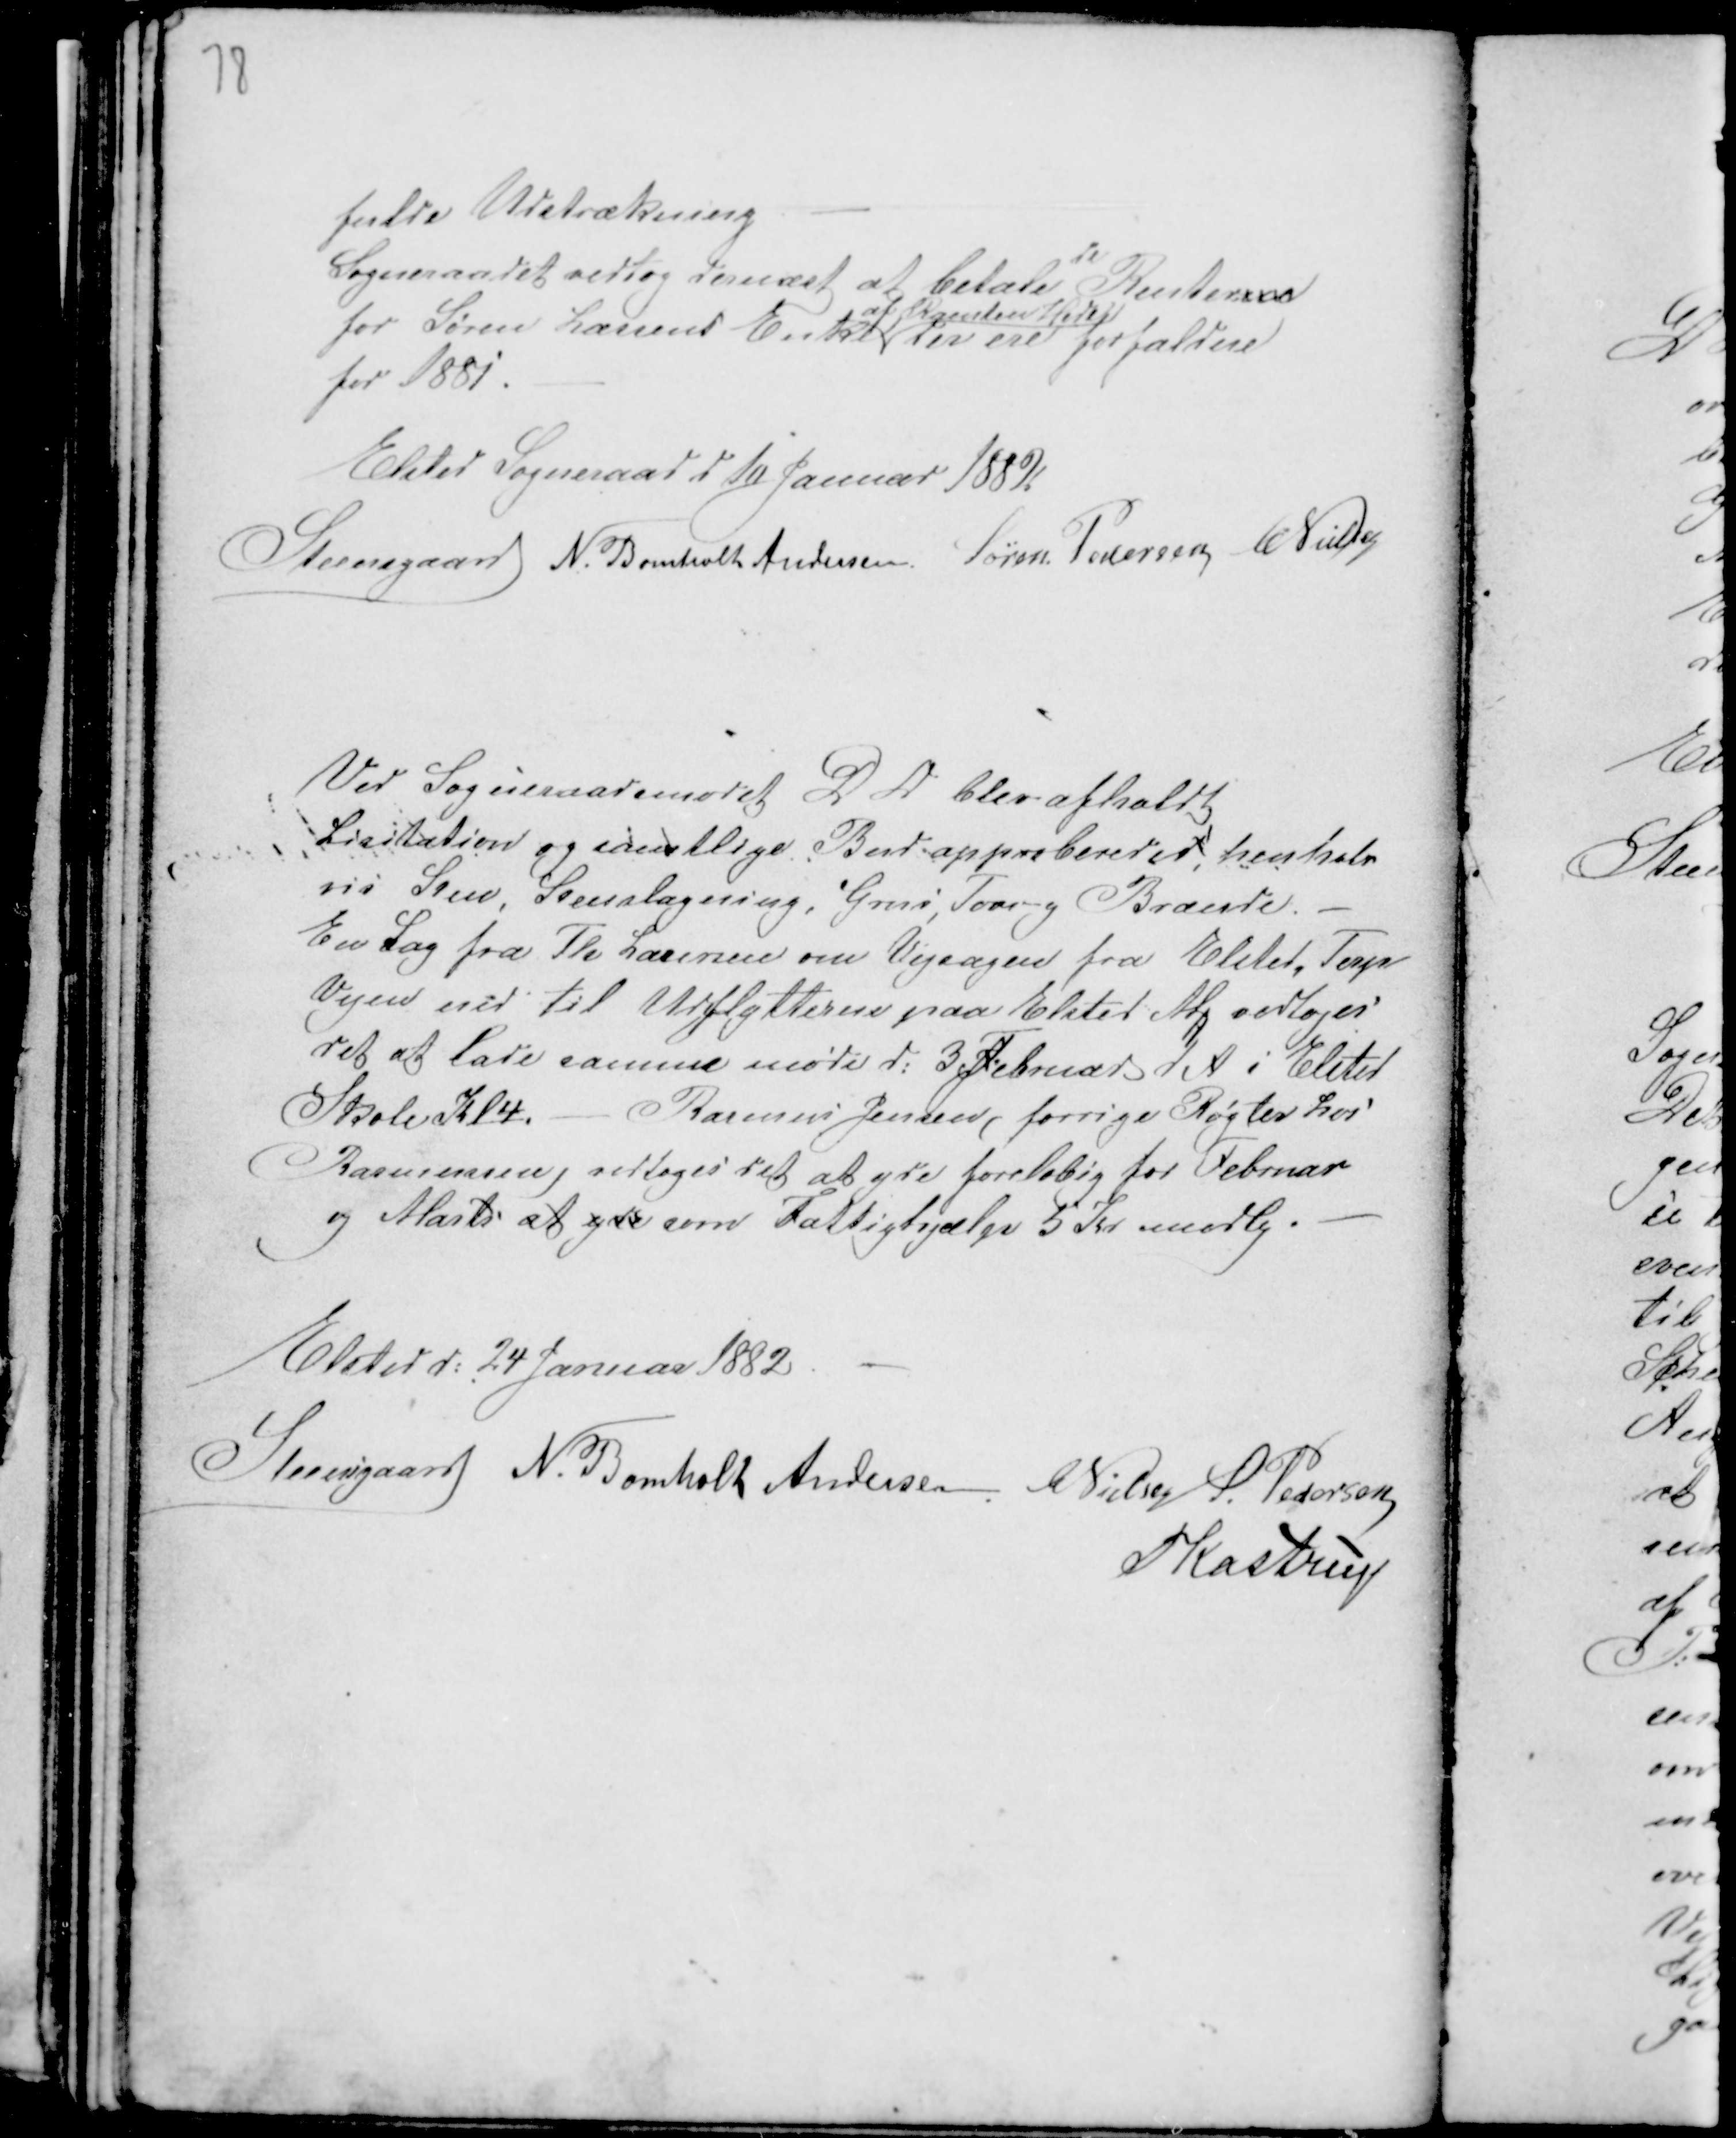
Transskription:
fulde Udstrækning. -
Sogneraadet vedtog dernæst at betale
de
Renterne
for Søren Lassens Enke
af Ramten Hede
der ere forfaldne
for 1881. -
Elsted Sogneraad d 10 Januar 1882.
Steensgaard N. Bomholt Andersen Søren Pedersen CNielsen

Ved Sogneraadsmødet D D blev afholdt
Lisitation og samtlige Bud approberedes, henholds
vis Sand, Stenslagning, Grus, Tørv og Brænde. -
En Sag fra Th Laursen om Vejsagen fra Elsted - Terp
Vejen ned til Udflytterne paa Elsted M vedtoges
det at lade samme møde d: 3 Februar d. A i Elsted
Skole Kl 4. - Rasmus Jensen ( forrige Røgter hos
Rasmussen ) vedtoges det at yde foreløbig for Februar
og Marts at yde som Fattighjælp 5 Kr mrdlg. -

Elsted d: 24 Januar 1882. -
Steensgaard N. Bomholt Andersen. CNielsen S. Pedersen
PKastrup